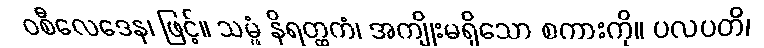
ဝစီလေဒေန၊ ဖြင့်။ သမ္ဖံ နိရတ္ထကံ၊ အကျိုးမရှိသော စကားကို။ ပလပတိ၊